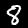
Label: 8